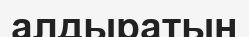
алдыратын